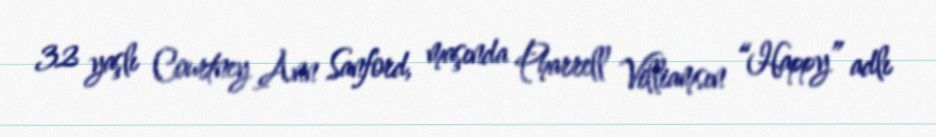
32 yaşlı Courtney Ann Sanford, maşında Pharrell Villiamsın “Happy” adlı